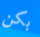
بكن